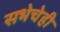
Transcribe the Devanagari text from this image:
सभेचेही